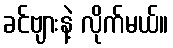
ခင်ဗျားနဲ့ လိုက်မယ်။